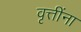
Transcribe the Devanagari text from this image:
वृत्तींना